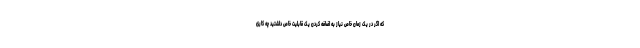
که اگر در یک زمان خاص نیاز به اضافه کردن یک قابلیت خاص داشتید چه کاری